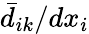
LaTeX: \bar{d}_{ik}/dx_{i}